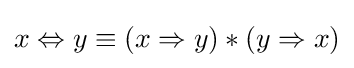
x\Leftrightarrow y\equiv (x\Rightarrow y)\ast (y\Rightarrow x)